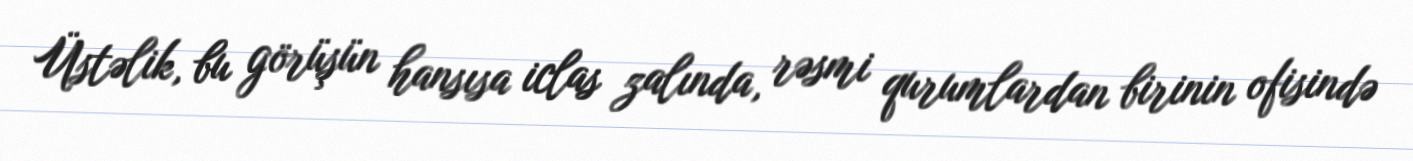
Üstəlik, bu görüşün hansısa iclas zalında, rəsmi qurumlardan birinin ofisində